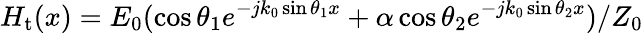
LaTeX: H_{\mathrm{t}}(x)=E_{\mathrm{0}}(\cos\theta_{\mathrm{1}}e^{-jk_{0}\sin\theta_{\mathrm{1}}x}+\alpha\cos\theta_{\mathrm{2}}e^{-jk_{0}\sin\theta_{\mathrm{2}}x})/Z_{0}